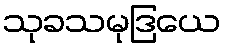
သုခသမုဒြယေ